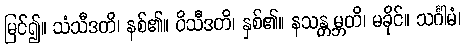
မြင်၍။ သံသီဒတိ၊ နစ်၏။ ဝိသီဒတိ၊ နှစ်၏။ နသန္တမ္ဘတိ၊ မခိုင်။ သင်္ဂါမံ၊